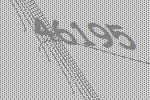
46195